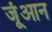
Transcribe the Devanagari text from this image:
जूंआन